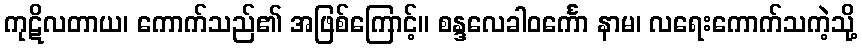
ကုဋိလတာယ၊ ကောက်သည်၏ အဖြစ်ကြောင့်။ စန္ဒလေခါဝင်္ကော နာမ၊ လရေးကောက်သကဲ့သို့